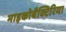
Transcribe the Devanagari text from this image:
माइकोबैक्टिरिया